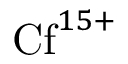
{ \mathrm { C f } } ^ { 1 5 + }